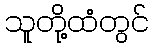
သူတို့ထံတွင်